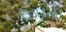
ઉડાડતો